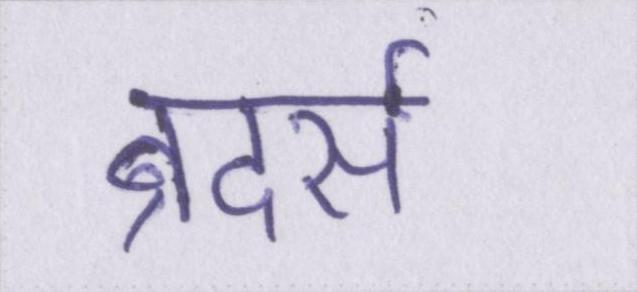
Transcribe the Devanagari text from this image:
ब्रदर्स